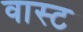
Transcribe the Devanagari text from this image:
वास्ट